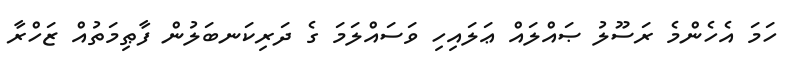
ހަމަ އެހެންމެ ރަސޫލު ޞައްލައް ޢަލައިހި ވަސައްލަމަ ގެ ދަރިކަނބަލުން ފާޠިމަތުއް ޒަހްރާ